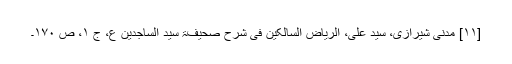
[۱۱] مدنی شیرازی، سید علی، الریاض السالکین فی شرح صحیفۃ سید الساجدین ع، ج ۱، ص ۱۷۰۔